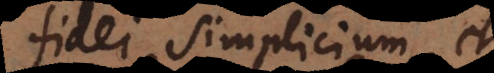
i simplicium, et